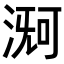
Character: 𬈊